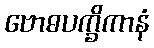
ဗောဓပက္ခိကာနံ